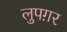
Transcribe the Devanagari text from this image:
लुपग़र